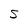
Character: S